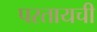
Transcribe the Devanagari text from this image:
परतायची